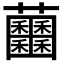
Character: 𧆕